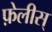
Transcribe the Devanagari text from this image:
फ़ेलीस्